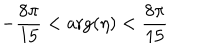
- { \frac { 8 \pi } { 1 5 } } < \mathrm { a r g } ( \eta ) < { \frac { 8 \pi } { 1 5 } }